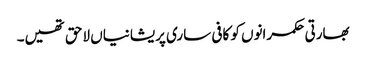
بھارتی حکمرانوں کو کافی ساری پریشانیاں لاحق تھیں۔